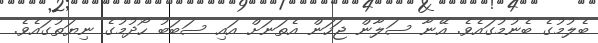
ބެލުމުގެ ބެނުމުގައެވެ. އޭނާ ސަލާން ޖަހަން އެތަނަށް އައި ސަބަބު ހޯދުމުގެ ނިޔަތުގައެވެ.